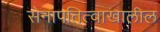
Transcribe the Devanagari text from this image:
सेनापतित्वाखालील